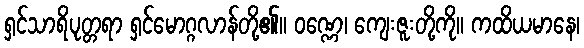
ရှင်သာရိပုတ္တရာ ရှင်မောဂ္ဂလာန်တို့၏။ ဝဏ္ဏေ၊ ကျေးဇူးတို့ကို။ ကထိယမာနေ၊